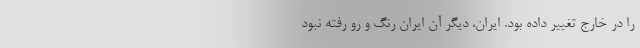
را در خارج تغییر داده بود. ایران، دیگر آن ایرانِ رنگ و رو رفته نبود